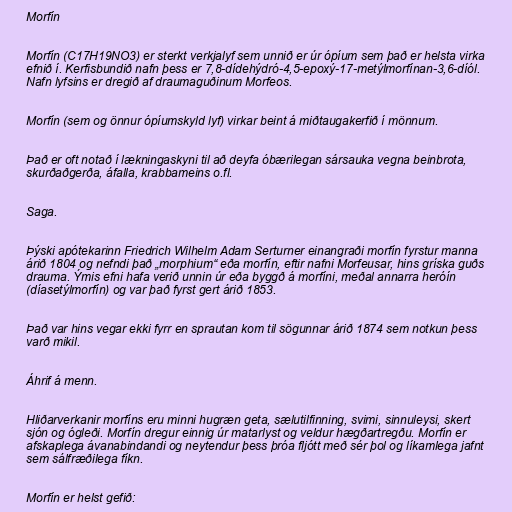
Morfín

Morfín (C17H19NO3) er sterkt verkjalyf sem unnið er úr ópíum sem það er helsta virka
efnið í. Kerfisbundið nafn þess er 7,8-dídehýdró-4,5-epoxý-17-metýlmorfínan-3,6-díól.
Nafn lyfsins er dregið af draumaguðinum Morfeos.

Morfín (sem og önnur ópíumskyld lyf) virkar beint á miðtaugakerfið í mönnum.

Það er oft notað í lækningaskyni til að deyfa óbærilegan sársauka vegna beinbrota,
skurðaðgerða, áfalla, krabbameins o.fl.

Saga.

Þýski apótekarinn Friedrich Wilhelm Adam Serturner einangraði morfín fyrstur manna
árið 1804 og nefndi það „morphium“ eða morfín, eftir nafni Morfeusar, hins gríska guðs
drauma. Ýmis efni hafa verið unnin úr eða byggð á morfíni, meðal annarra heróín
(díasetýlmorfín) og var það fyrst gert árið 1853.

Það var hins vegar ekki fyrr en sprautan kom til sögunnar árið 1874 sem notkun þess
varð mikil.

Áhrif á menn.

Hliðarverkanir morfíns eru minni hugræn geta, sælutilfinning, svimi, sinnuleysi, skert
sjón og ógleði. Morfín dregur einnig úr matarlyst og veldur hægðartregðu. Morfín er
afskaplega ávanabindandi og neytendur þess þróa fljótt með sér þol og líkamlega jafnt
sem sálfræðilega fíkn.

Morfín er helst gefið: